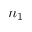
n _ { 1 }